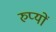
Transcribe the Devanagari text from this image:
रुप्यों